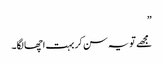
”
مجھے تو یہ سن کر بہت اچھا لگا۔